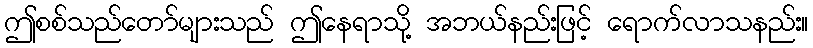
ဤစစ်သည်တော်များသည် ဤနေရာသို့ အဘယ်နည်းဖြင့် ရောက်လာသနည်း။